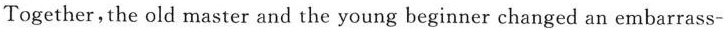
Together，the old master and the young beginner changed an embarrass-